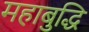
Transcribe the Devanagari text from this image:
महाबुद्धि